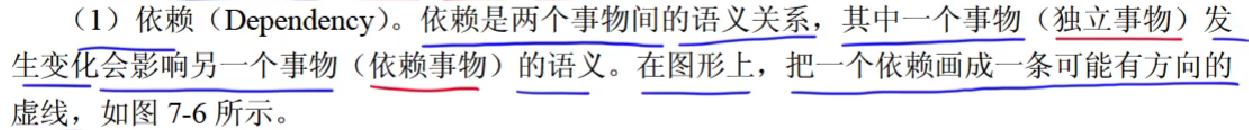
（1）依赖（Dependency）。依赖是两个事物间的语义关系，其中一个事物（独立事物）发生变化会影响另一个事物（依赖事物）的语义。在图形上，把一个依赖画成一条可能有方向的虚线，如图 7-6 所示。